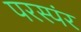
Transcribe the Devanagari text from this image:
परस्पंर